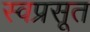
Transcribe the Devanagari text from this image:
स्वप्रसूत